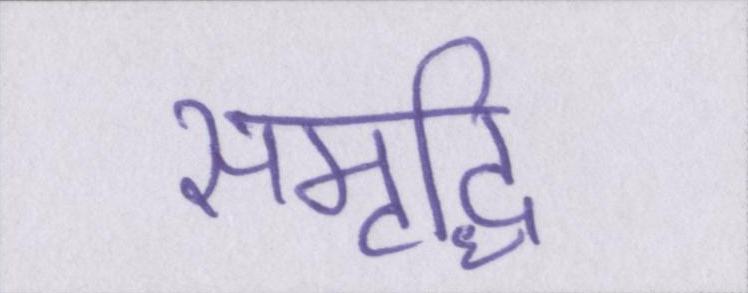
समृद्धि